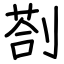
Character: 剳